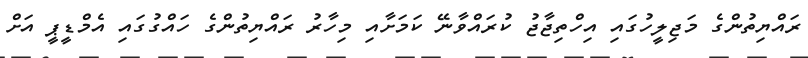
ރައްޔިތުންގެ މަޖިލީހުގައި އިހްތިޖާޖު ކުރައްވާނޭ ކަމަށާއި މިހާރު ރައްޔިތުންގެ ހައްގުގައި އެމްޑީޕީ އަށް